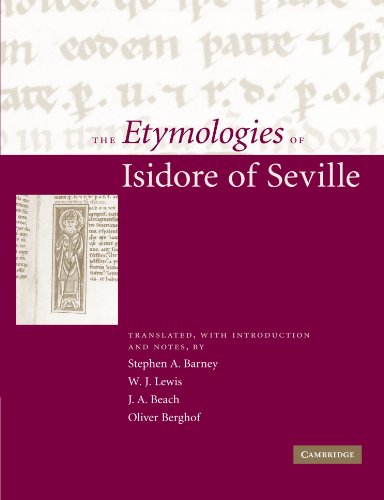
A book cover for The Etymologies of Isidore of Seville; Literature & Fiction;